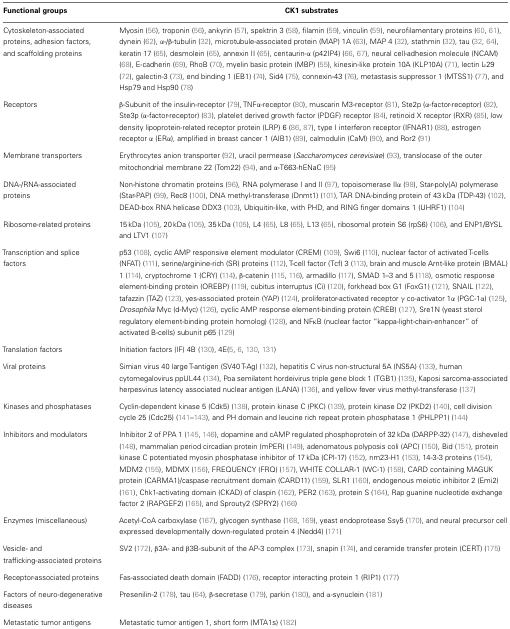
<table><thead><tr><td><b>Functional groups</b></td><td><b>CK1 substrates</b></td></tr></thead><tbody><tr><td>Cytoskeleton-associated proteins, adhesion factors, and scaffolding proteins</td><td>Myosin (56), troponin (56), ankyrin (57), spektrin 3 (58), filamin (59), vinculin (59), neurofilamentary proteins (60, 61), dynein (62), α-/β-tubulin (32), microtubule-associated protein (MAP) 1A (63), MAP 4 (32), stathmin (32), tau (32, 64), keratin 17 (65), desmolein (65), annexin II (65), centaurin-α (p42IP4) (66, 67), neural cell-adhesion molecule (NCAM) (68), E-cadherin (69), RhoB (70), myelin basic protein (MBP) (55), kinesin-like protein 10A (KLP10A) (71), lectin L-29 (72), galectin-3 (73), end binding 1 (EB1) (74), Sid4 (75), connexin-43 (76), metastasis suppressor 1 (MTSS1) (77), and Hsp79 and Hsp90 (78)</td></tr><tr><td>Receptors</td><td>β-Subunit of the insulin-receptor (79), TNFα-receptor (80), muscarin M3-receptor (81), Ste2p (α-factor-receptor) (82), Ste3p (α-factor-receptor) (83), platelet derived growth factor (PDGF) receptor (84), retinoid X receptor (RXR) (85), low density lipoprotein-related receptor protein (LRP) 6 (86, 87), type I interferon receptor (IFNAR1) (88), estrogen receptor α (ERα), amplified in breast cancer 1 (AIB1) (89), calmodulin (CaM) (90), and Ror2 (91)</td></tr><tr><td>Membrane transporters</td><td>Erythrocytes anion transporter (92), uracil permease (<i>Saccharomyces cerevisiae</i>) (93), translocase of the outer mitochondrial membrane 22 (Tom22) (94), and α-T663-hENaC (95)</td></tr><tr><td>DNA-/RNA-associated proteins</td><td>Non-histone chromatin proteins (96), RNA polymerase I and II (97), topoisomerase IIα (98), Star-poly(A) polymerase (Star-PAP) (99), Rec8 (100), DNA methyl-transferase (Dnmt1) (101), TAR DNA-binding protein of 43 kDa (TDP-43) (102), DEAD-box RNA helicase DDX3 (103), Ubiquitin-like, with PHD, and RING finger domains 1 (UHRF1) (104)</td></tr><tr><td>Ribosome-related proteins</td><td>15 kDa (105), 20 kDa (105), 35 kDa (105), L4 (65), L8 (65), L13 (65), ribosomal protein S6 (rpS6) (106), and ENP1/BYSL and LTV1 (107)</td></tr><tr><td>Transcription and splice factors</td><td>p53 (108), cyclic AMP responsive element modulator (CREM) (109), Swi6 (110), nuclear factor of activated T-cells (NFAT) (111), serine/arginine-rich (SR) proteins (112), T-cell factor (Tcf) 3 (113), brain and muscle Arnt-like protein (BMAL) 1 (114), cryptochrome 1 (CRY) (114), β-catenin (115, 116), armadillo (117), SMAD 1–3 and 5 (118), osmotic response element-binding protein (OREBP) (119), cubitus interruptus (Ci) (120), forkhead box G1 (FoxG1) (121), SNAIL (122), tafazzin (TAZ) (123), yes-associated protein (YAP) (124), proliferator-activated receptor γ co-activator 1α (PGC-1α) (125), <i>Drosophila</i> Myc (d-Myc) (126), cyclic AMP response element-binding protein (CREB) (127), Sre1N (yeast sterol regulatory element-binding protein homolog) (128), and NFκB (nuclear factor “kappa-light-chain-enhancer” of activated B-cells) subunit p65 (129)</td></tr><tr><td>Translation factors</td><td>Initiation factors (IF) 4B (130), 4E(5, 6, 130, 131)</td></tr><tr><td>Viral proteins</td><td>Simian virus 40 large T-antigen (SV40 T-Ag) (132), hepatitis C virus non-structural 5A (NS5A) (133), human cytomegalovirus ppUL44 (134), Poa semilatent hordeivirus triple gene block 1 (TGB1) (135), Kaposi sarcoma-associated herpesvirus latency associated nuclear antigen (LANA) (136), and yellow fever virus methyl-transferase (137)</td></tr><tr><td>Kinases and phosphatases</td><td>Cyclin-dependent kinase 5 (Cdk5) (138), protein kinase C (PKC) (139), protein kinase D2 (PKD2) (140), cell division cycle 25 (Cdc25) (141–143), and PH domain and leucine rich repeat protein phosphatase 1 (PHLPP1) (144)</td></tr><tr><td>Inhibitors and modulators</td><td>Inhibitor 2 of PPA 1 (145, 146), dopamine and cAMP regulated phosphoprotein of 32 kDa (DARPP-32) (147), disheveled (148), mammalian period circadian protein (mPER) (149), adenomatous polyposis coli (APC) (150), Bid (151), protein kinase C potentiated myosin phosphatase inhibitor of 17 kDa (CPI-17) (152), nm23-H1 (153), 14-3-3 proteins (154), MDM2 (155), MDMX (156), FREQUENCY (FRQ) (157), WHITE COLLAR-1 (WC-1) (158), CARD containing MAGUK protein (CARMA1)/caspase recruitment domain (CARD11) (159), SLR1 (160), endogenous meiotic inhibitor 2 (Emi2) (161), Chk1-activating domain (CKAD) of claspin (162), PER2 (163), protein S (164), Rap guanine nucleotide exchange factor 2 (RAPGEF2) (165), and Sprouty2 (SPRY2) (166)</td></tr><tr><td>Enzymes (miscellaneous)</td><td>Acetyl-CoA carboxylase (167), glycogen synthase (168, 169), yeast endoprotease Ssy5 (170), and neural precursor cell expressed developmentally down-regulated protein 4 (Nedd4) (171)</td></tr><tr><td>Vesicle- and trafficking-associated proteins</td><td>SV2 (172), β3A- and β3B-subunit of the AP-3 complex (173), snapin (174), and ceramide transfer protein (CERT) (175)</td></tr><tr><td>Receptor-associated proteins</td><td>Fas-associated death domain (FADD) (176), receptor interacting protein 1 (RIP1) (177)</td></tr><tr><td>Factors of neuro-degenerative diseases</td><td>Presenilin-2 (178), tau (64), β-secretase (179), parkin (180), and α-synuclein (181)</td></tr><tr><td>Metastatic tumor antigens</td><td>Metastatic tumor antigen 1, short form (MTA1s) (182)</td></tr></tbody></table>